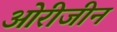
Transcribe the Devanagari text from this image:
ओरीजीन